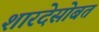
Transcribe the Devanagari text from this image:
शारदेसोबत